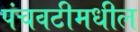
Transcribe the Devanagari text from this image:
पंचवटीमधील